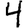
Digit: 4